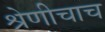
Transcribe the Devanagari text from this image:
श्रेणीचाच